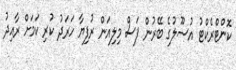
ކޮންޓްރެކްޓު އުސޫލުގެ ބޭރުން ފަސް މިލިއަން ރުފިޔާ ހަރަދު ކުރި ކަމަށް ރާއިދު